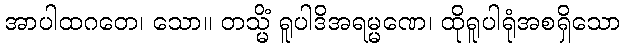
အာပါထဂတေ၊ သော။ တသ္မိံ ရူပါဒိအရမ္မဏေ၊ ထိုရူပါရုံအစရှိသော